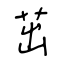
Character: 茁